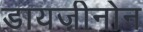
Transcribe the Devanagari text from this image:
डायज़ीनोन